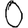
Digit: 0